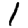
Digit: 1